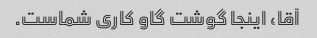
آقا، اینجا گوشت گاو کاری شماست.